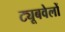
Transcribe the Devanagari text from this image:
ट्यूबवेलों